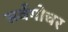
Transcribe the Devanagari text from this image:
सर्वगोचर